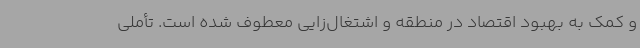
و کمک به بهبود اقتصاد در منطقه و اشتغال‌زایی معطوف شده است. تأملی